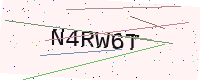
Text: N4RW6T